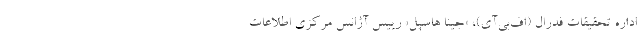
اداره تحقیقات فدرال (اف‌بی‌آی)، «جینا هاسپل» رییس آژانس مرکزی اطلاعات